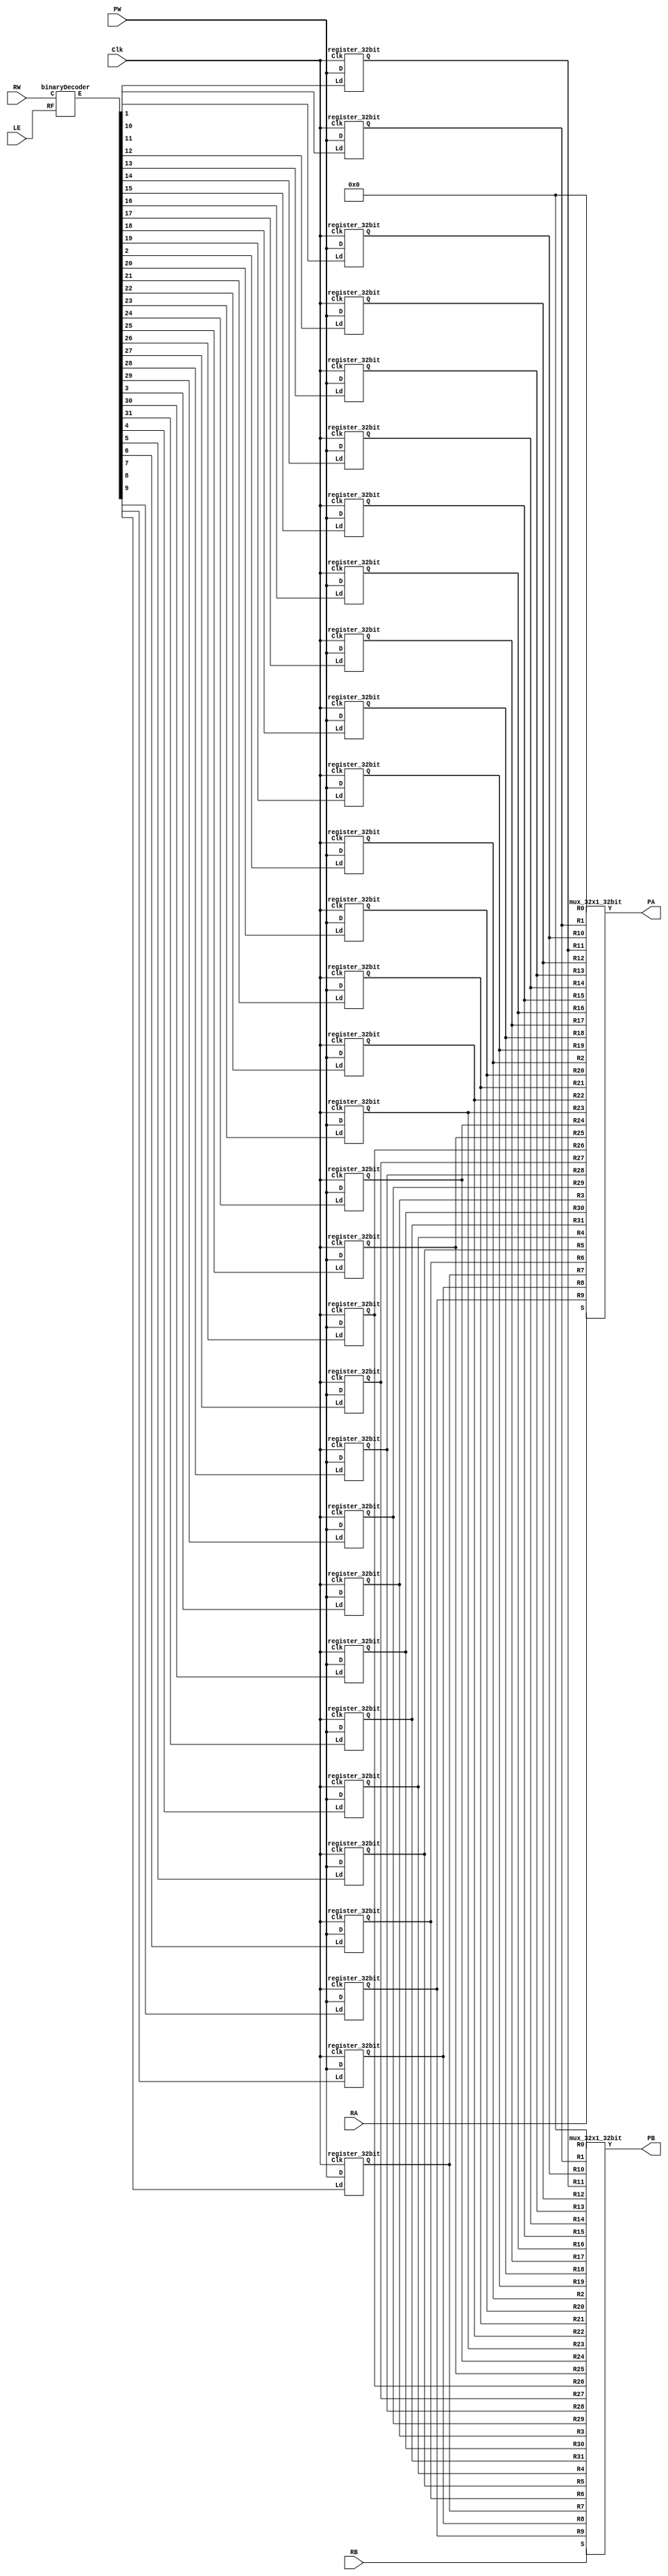
//Register File de 32 registros de 32 bits y 2 puertos de salida.

//Escrito por: Victor Hernandez (802-19-4188)

module RegisterFile (output [31:0] PA, PB, input [31:0] PW,  input [4:0] RW, RA, RB, input LE, Clk);
    //Outputs: Puertos A y B
    //Inputs: Puerto de Entrada (PW), RW (Write Register) y LE (BinaryDecoder Selector y "load"), 
    //RA, RB y RD  (Selectors de multiplexers a la salida), y Clk (Clock)

    //Wires
    wire [31:0] E;
    wire [31:0] Q0, Q1, Q2, Q3, Q4, Q5, Q6, Q7, Q8, Q9, Q10, Q11, Q12, Q13, Q14, Q15, 
    Q16, Q17, Q18, Q19, Q20, Q21, Q22, Q23, Q24, Q25, Q26, Q27, Q28, Q29, Q30, Q31;

    //Instanciando mdulos:

    //Binary Decoder for RA,RB
    binaryDecoder bdecoder (E, RW, LE);

    //Los multiplexers a continuacion cogen valor almacenado en el registro 
    //correspondiente y lo envian a las salidas de los registros:

    //Multiplexer for PA register
    mux_32x1_32bit mux_32x1A (PA, RA, 32'b0, Q1, Q2, Q3, Q4, Q5, Q6, Q7, Q8, Q9,
                    Q10, Q11, Q12, Q13, Q14, Q15, Q16, Q17, Q18, Q19, Q20, Q21, Q22, 
                    Q23, Q24, Q25, Q26, Q27, Q28, Q29, Q30, Q31);
    //Multiplexer for PB register
    mux_32x1_32bit mux_32x1B (PB, RB, 32'b0, Q1, Q2, Q3, Q4, Q5, Q6, Q7, Q8, Q9,
                    Q10, Q11, Q12, Q13, Q14, Q15, Q16, Q17, Q18, Q19, Q20, Q21, Q22, 
                    Q23, Q24, Q25, Q26, Q27, Q28, Q29, Q30, Q31);             
   
    //Instanciando registros del 0 al 31
    register_32bit R0 (Q0, PW, Clk, E[0]);
    register_32bit R1 (Q1, PW, Clk, E[1]);
    register_32bit R2 (Q2, PW, Clk, E[2]);
    register_32bit R3 (Q3, PW, Clk, E[3]);
    register_32bit R4 (Q4, PW, Clk, E[4]);
    register_32bit R5 (Q5, PW, Clk, E[5]);
    register_32bit R6 (Q6, PW, Clk, E[6]);
    register_32bit R7 (Q7, PW, Clk, E[7]);
    register_32bit R8 (Q8, PW, Clk, E[8]);
    register_32bit R9 (Q9, PW, Clk, E[9]);
    register_32bit R10 (Q10, PW, Clk, E[10]);
    register_32bit R11 (Q11, PW, Clk, E[11]);
    register_32bit R12 (Q12, PW, Clk, E[12]);
    register_32bit R13 (Q13, PW, Clk, E[13]);
    register_32bit R14 (Q14, PW, Clk, E[14]);
    register_32bit R15 (Q15, PW, Clk, E[15]);
    register_32bit R16 (Q16, PW, Clk, E[16]);
    register_32bit R17 (Q17, PW, Clk, E[17]);
    register_32bit R18 (Q18, PW, Clk, E[18]);
    register_32bit R19 (Q19, PW, Clk, E[19]);
    register_32bit R20 (Q20, PW, Clk, E[20]);
    register_32bit R21 (Q21, PW, Clk, E[21]);
    register_32bit R22 (Q22, PW, Clk, E[22]);
    register_32bit R23 (Q23, PW, Clk, E[23]);
    register_32bit R24 (Q24, PW, Clk, E[24]);
    register_32bit R25 (Q25, PW, Clk, E[25]);
    register_32bit R26 (Q26, PW, Clk, E[26]);
    register_32bit R27 (Q27, PW, Clk, E[27]);
    register_32bit R28 (Q28, PW, Clk, E[28]);
    register_32bit R29 (Q29, PW, Clk, E[29]);
    register_32bit R30 (Q30, PW, Clk, E[30]);
    register_32bit R31 (Q31, PW, Clk, E[31]);

endmodule

`timescale 1ns / 1ns

//Test for Register File 
// module test_RegisterFile;

//     //Inputs
//     reg [31:0] PW;
//     reg [4:0] RW, RA, RB;
//     reg LE, Clk;

//     //Outputs
//     wire [31:0] PA, PB;

//     //Instantiating RegisterFile module
//     RegisterFile regFile (PA, PB, PW, RW, RA, RB, LE, Clk);

//     //Running clock
//     initial begin
        
//         #1 //una unidad de tiempo para la estabilizacion de las seales

//         RA = 5'b00000;
//         RB = 5'b11111;
//         PW = 32'b00000000000000000000000000010100; //20
//         RW = 5'b00000; //0

//         repeat (32) begin //cada cuatro unidades de tiempo se debe incrementar por uno los valores de PW, RW, RA, RB y RD hasta que RA alcance el valor de 31.
//         #4 //clock period
//         RW = RW + 1;
//         RA = RA + 1;
//         RB = RB + 1;
//         PW = PW + 1;
        
//         end

//     end

//     initial begin   
//         // Se inicializa el reloj en cero a tiempo cero y luego debe cambiar de estado cada dos unidades de tiempo de manera perpetua.
//         Clk = 0;
//         LE = 1;
//         forever #2 Clk = ~Clk;

//     end


//     initial begin
//         $display ("     PW         PA          PB        ||||  RW RA RB  LE Clk");
//         $monitor("%d | %d | %d  |||| %d  %d  %d  %d  %b  ", PW, PA, PB, RW, RA, RB, LE, Clk, $time);

//     end

//     initial 
//         #200 $finish;

// endmodule

//-----------------Modules that will be instantiated in the file------------------------------//

//MULTIPLEXOR 32X1 - S and R0-R31 are 32bit inputs. Y is a 32bit output.
//A case for S is used to select one of the R0-R31 and assign the output to Y.
//We will be instantiating three of them due to it being a three port register file.

module mux_32x1_32bit (output reg [31:0] Y, input [4:0] S, 
input [31:0] R0, R1, R2, R3, R4, R5, R6, R7, R8, R9, R10, R11, R12, R13, R14, R15,
R16, R17, R18, R19, R20, R21, R22, R23, R24, R25, R26, R27, R28, R29, R30, R31);
    
    always @ (*)
        begin
            case (S)
            5'b00000: Y = R0;
            5'b00001: Y = R1;
            5'b00010: Y = R2;
            5'b00011: Y = R3;
            5'b00100: Y = R4;
            5'b00101: Y = R5;
            5'b00110: Y = R6;
            5'b00111: Y = R7;
            5'b01000: Y = R8;
            5'b01001: Y = R9;
            5'b01010: Y = R10;
            5'b01011: Y = R11;
            5'b01100: Y = R12;
            5'b01101: Y = R13;
            5'b01110: Y = R14;
            5'b01111: Y = R15;
            5'b10000: Y = R16;
            5'b10001: Y = R17;
            5'b10010: Y = R18;
            5'b10011: Y = R19;
            5'b10100: Y = R20;
            5'b10101: Y = R21;
            5'b10110: Y = R22;
            5'b10111: Y = R23;
            5'b11000: Y = R24;
            5'b11001: Y = R25;
            5'b11010: Y = R26;
            5'b11011: Y = R27;
            5'b11100: Y = R28;
            5'b11101: Y = R29;
            5'b11110: Y = R30;
            5'b11111: Y = R31;
            endcase
    end
endmodule

module HiRegister (
    input clk,
    input HiEnable, 
    input [31:0] PW, 
    output reg [31:0] HiSignal
);

    // Update HiSignal with PW on the rising edge of clk if HiEnable is high
    always @(posedge clk) begin
        if (HiEnable) begin
            HiSignal <= PW;
        end
    end

endmodule

module LoRegister (
    input clk,
    input LoEnable, 
    input [31:0] PW, 
    output reg [31:0] LoSignal
);

    // Update LoSignal with PW on the rising edge of clk if LoEnable is high
    always @(posedge clk) begin
        if (LoEnable) begin
            LoSignal <= PW;
        end
    end

endmodule


//BINARY DECODER - C is a 5bit input and RF is a 1bit input.
//E is a 32bit output and a function of C and RF. 

module binaryDecoder (output reg [31:0] E, input [4:0] C, input RF);
    always @ (*) begin
        if (RF == 1'b1) 
          begin
              case (C)
              5'b00000: E = 32'b00000000000000000000000000000001;
              5'b00001: E = 32'b00000000000000000000000000000010;
              5'b00010: E = 32'b00000000000000000000000000000100;
              5'b00011: E = 32'b00000000000000000000000000001000;
              5'b00100: E = 32'b00000000000000000000000000010000;
              5'b00101: E = 32'b00000000000000000000000000100000;
              5'b00110: E = 32'b00000000000000000000000001000000;
              5'b00111: E = 32'b00000000000000000000000010000000;
              5'b01000: E = 32'b00000000000000000000000100000000;
              5'b01001: E = 32'b00000000000000000000001000000000;
              5'b01010: E = 32'b00000000000000000000010000000000;
              5'b01011: E = 32'b00000000000000000000100000000000;
              5'b01100: E = 32'b00000000000000000001000000000000;
              5'b01101: E = 32'b00000000000000000010000000000000;
              5'b01110: E = 32'b00000000000000000100000000000000;
              5'b01111: E = 32'b00000000000000001000000000000000;
              5'b10000: E = 32'b00000000000000010000000000000000;
              5'b10001: E = 32'b00000000000000100000000000000000;
              5'b10010: E = 32'b00000000000001000000000000000000;
              5'b10011: E = 32'b00000000000010000000000000000000;
              5'b10100: E = 32'b00000000000100000000000000000000;
              5'b10101: E = 32'b00000000001000000000000000000000;
              5'b10110: E = 32'b00000000010000000000000000000000;
              5'b10111: E = 32'b00000000100000000000000000000000;
              5'b11000: E = 32'b00000001000000000000000000000000;
              5'b11001: E = 32'b00000010000000000000000000000000;
              5'b11010: E = 32'b00000100000000000000000000000000;
              5'b11011: E = 32'b00001000000000000000000000000000;
              5'b11100: E = 32'b00010000000000000000000000000000;
              5'b11101: E = 32'b00100000000000000000000000000000;
              5'b11110: E = 32'b01000000000000000000000000000000;
              5'b11111: E = 32'b10000000000000000000000000000000;
              endcase
          end
        else 
          E = 32'b00000000000000000000000000000000;
    end
endmodule

//REGISTER - The register takes care of charging the data in D to the Q output register.
//Ld signal will indicate the register that isn't 0 and make Q the output for the bits in the register.
//Clk is the clock that syncs the register with the rest.

module register_32bit (output reg [31:0] Q, input [31:0] D, input Clk, Ld);
    always @ (posedge Clk)
        if(Ld) Q <= D;
endmodule

// Three Port Register File

// Reading:

// El contenido de un registro se coloca en un puerto de salida P cuando el nmero de registro se especifica 
// en su correspondiente entrada de seleccin de registro R. Esta accin se lleva a cabo tan pronto como el 
// nmero de registro se coloca en la entrada R correspondiente (es una accin asncrona).

// Writing:

// Un nmero colocado en PW se escribir en el registro especificado por la entrada RW, si y solo si, LE = 1 y 
// el borde ascendente del reloj toma ritmo (esta es una accin sincrnica).

// RA, RB, y RW son nmeros de 5 bits PA, PB y PW son nmeros de 32 bits